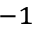
^ { - 1 }